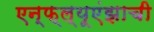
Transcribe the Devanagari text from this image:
एन्फ्ल्यूएंझाची